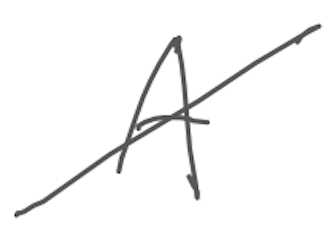
Text: A
Cross-out: mix
Writing tool: digital_gray